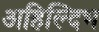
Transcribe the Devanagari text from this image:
अहिल्दिभ